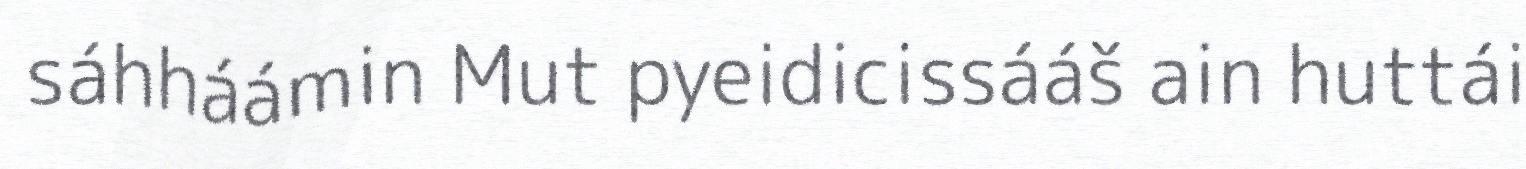
sáhháámin Mut pyeidicissááš ain huttái